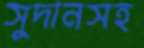
সুদানসহ